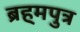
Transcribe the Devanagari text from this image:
ब्रह्‌मपुत्र